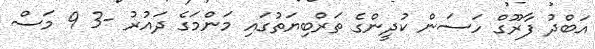
އަބްދު ފާރޫގް ހަސަން ކުދީންގެ ތަރްބިޔަތުގައި މަންމަގެ ދައުރު -3 9 މަސް